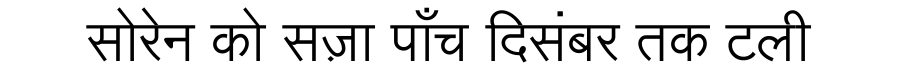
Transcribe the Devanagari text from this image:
सोरेन को सज़ा पाँच दिसंबर तक टली